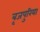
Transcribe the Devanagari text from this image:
बृजपुरिया